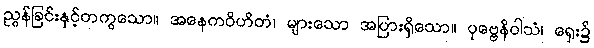
ညွန်ခြင်းနှင့်တကွသော။ အနေကဝိဟိတံ၊ များသော အပြားရှိသော။ ပုဗ္ဗေနိဝါသံ၊ ရှေး၌